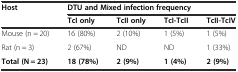
<table><thead><tr><td rowspan="2"><b>Host</b></td><td colspan="4"><b>DTU and Mixed infection frequency</b></td></tr><tr><td><b>TcI only</b></td><td><b>TcII only</b></td><td><b>TcI-TcII</b></td><td><b>TcII-TcIV</b></td></tr></thead><tbody><tr><td>Mouse (n = 20)</td><td>16 (80%)</td><td>2 (10%)</td><td>1 (5%)</td><td>1 (5%)</td></tr><tr><td>Rat (n = 3)</td><td>2 (67%)</td><td>ND</td><td>ND</td><td>1 (33%)</td></tr><tr><td><b>Total (N = 23)</b></td><td><b>18 (78%)</b></td><td><b>2 (9%)</b></td><td><b>1 (4%)</b></td><td><b>2 (9%)</b></td></tr></tbody></table>